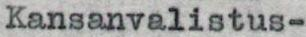
Kansanvalistus-